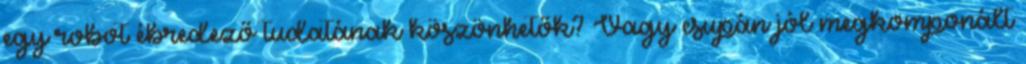
egy robot ébredező tudatának köszönhetők? Vagy csupán jól megkomponált